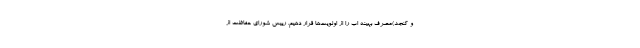
و کنجد)مصرف بهینه اب را از اولویت‌ها قرار دهیم. رییس شورای حفاظت از